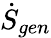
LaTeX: \dot{S}_{gen}